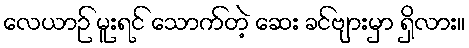
လေယာဉ် မူးရင် သောက်တဲ့ ဆေး ခင်ဗျားမှာ ရှိလား။